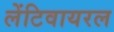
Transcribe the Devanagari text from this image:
लेंटिवायरल